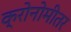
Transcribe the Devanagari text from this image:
क्रोनोमीतर